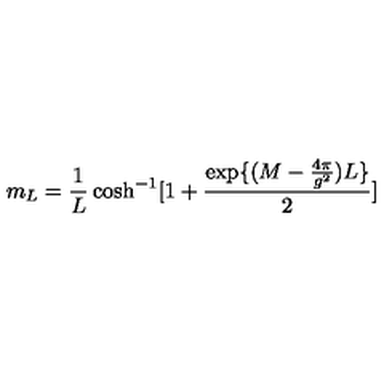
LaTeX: m _ { L } = \frac { 1 } { L } \cosh ^ { - 1 } [ 1 + \frac { \exp \{ ( M - \frac { 4 \pi } { g ^ { 2 } } ) L \} } { 2 } ]